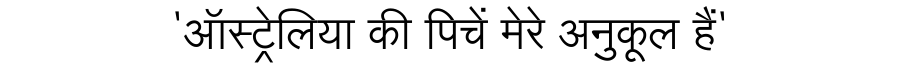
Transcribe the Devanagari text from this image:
'ऑस्ट्रेलिया की पिचें मेरे अनुकूल हैं'